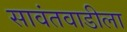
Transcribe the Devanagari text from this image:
सावंतवाडीला